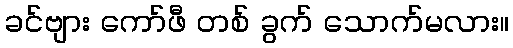
ခင်ဗျား ကော်ဖီ တစ် ခွက် သောက်မလား။